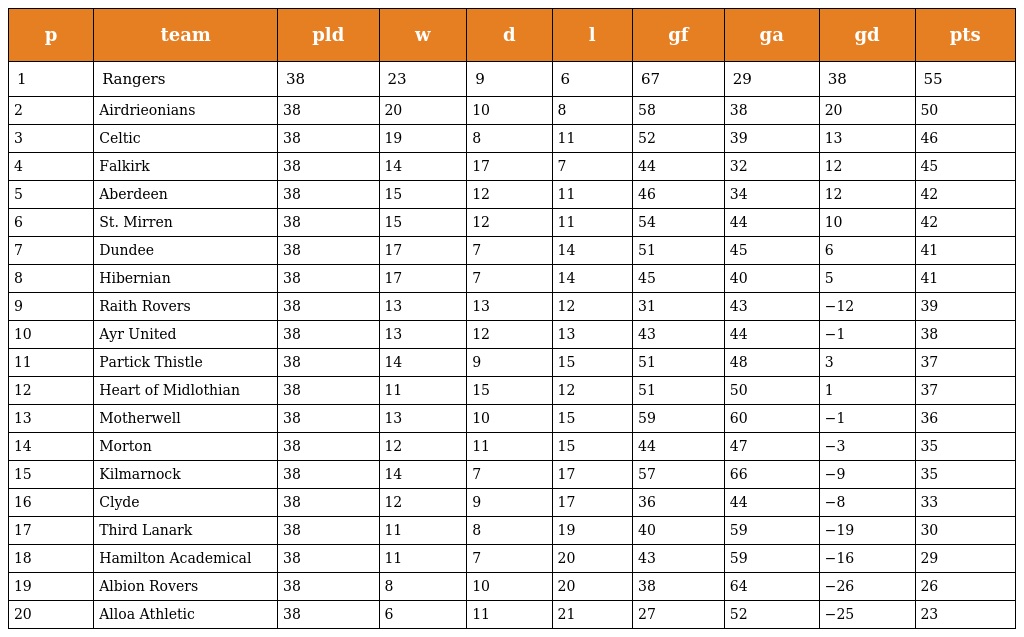
| p | team | pld | w | d | l | gf | ga | gd | pts |
 | --- | --- | --- | --- | --- | --- | --- | --- | --- | --- |
 | 1 | Rangers | 38 | 23 | 9 | 6 | 67 | 29 | 38 | 55 |
 | 2 | Airdrieonians | 38 | 20 | 10 | 8 | 58 | 38 | 20 | 50 |
 | 3 | Celtic | 38 | 19 | 8 | 11 | 52 | 39 | 13 | 46 |
 | 4 | Falkirk | 38 | 14 | 17 | 7 | 44 | 32 | 12 | 45 |
 | 5 | Aberdeen | 38 | 15 | 12 | 11 | 46 | 34 | 12 | 42 |
 | 6 | St. Mirren | 38 | 15 | 12 | 11 | 54 | 44 | 10 | 42 |
 | 7 | Dundee | 38 | 17 | 7 | 14 | 51 | 45 | 6 | 41 |
 | 8 | Hibernian | 38 | 17 | 7 | 14 | 45 | 40 | 5 | 41 |
 | 9 | Raith Rovers | 38 | 13 | 13 | 12 | 31 | 43 | −12 | 39 |
 | 10 | Ayr United | 38 | 13 | 12 | 13 | 43 | 44 | −1 | 38 |
 | 11 | Partick Thistle | 38 | 14 | 9 | 15 | 51 | 48 | 3 | 37 |
 | 12 | Heart of Midlothian | 38 | 11 | 15 | 12 | 51 | 50 | 1 | 37 |
 | 13 | Motherwell | 38 | 13 | 10 | 15 | 59 | 60 | −1 | 36 |
 | 14 | Morton | 38 | 12 | 11 | 15 | 44 | 47 | −3 | 35 |
 | 15 | Kilmarnock | 38 | 14 | 7 | 17 | 57 | 66 | −9 | 35 |
 | 16 | Clyde | 38 | 12 | 9 | 17 | 36 | 44 | −8 | 33 |
 | 17 | Third Lanark | 38 | 11 | 8 | 19 | 40 | 59 | −19 | 30 |
 | 18 | Hamilton Academical | 38 | 11 | 7 | 20 | 43 | 59 | −16 | 29 |
 | 19 | Albion Rovers | 38 | 8 | 10 | 20 | 38 | 64 | −26 | 26 |
 | 20 | Alloa Athletic | 38 | 6 | 11 | 21 | 27 | 52 | −25 | 23 |